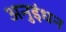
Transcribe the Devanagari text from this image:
अनुइंधन